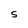
Character: S